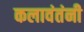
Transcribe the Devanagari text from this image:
कलावंतंनी